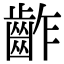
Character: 齚